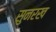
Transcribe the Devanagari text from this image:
सुनरख